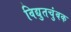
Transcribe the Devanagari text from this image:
विद्युतचुंबक